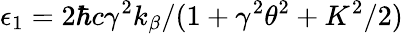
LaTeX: \epsilon_{1}=2\hbar c\gamma^{2}k_{\beta}/(1+\gamma^{2}\theta^{2}+K^{2}/2)